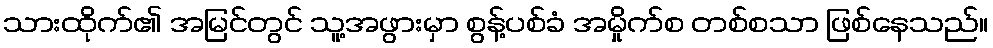
သားထိုက်၏ အမြင်တွင် သူ့အဖွားမှာ စွန့်ပစ်ခံ အမှိုက်စ တစ်စသာ ဖြစ်နေသည်။